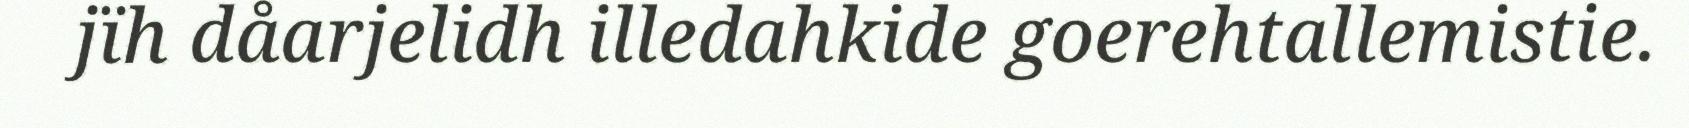
jïh dåarjelidh illedahkide goerehtallemistie.